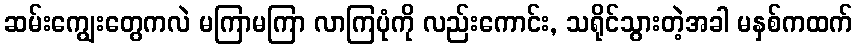
ဆမ်းကျွေးတွေကလဲ မကြာမကြာ လာကြပုံကို လည်းကောင်း, သရိုင်သွားတဲ့အခါ မနှစ်ကထက်